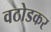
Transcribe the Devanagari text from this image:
वठोडकर